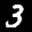
Label: 3